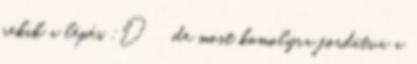
nekik a lépés :D de most komolyra fordítva a